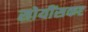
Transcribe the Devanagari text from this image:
सोयींसकट